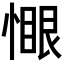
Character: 𫺻